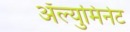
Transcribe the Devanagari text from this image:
ॲल्युमिनेट